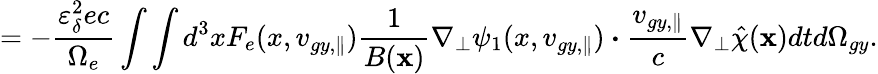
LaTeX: =-\frac{\varepsilon_{\delta}^{2}ec}{\Omega_{e}}\int\int d^{3}xF_{e}(x,v_{gy,\parallel})\frac{1}{B(\textbf{x})}\nabla_{\perp}\psi_{1}(x,v_{gy,\parallel})\boldsymbol{\cdot}\frac{v_{gy,\parallel}}{c}\nabla_{\perp}\hat{\chi}(\textbf{x})dtd\Omega_{gy}.